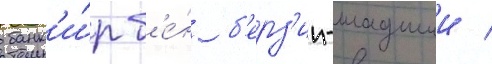
банк'и́р б'е́н б'ерз'ин-младшии /